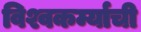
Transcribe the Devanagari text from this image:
विश्वकर्म्याची